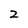
Character: 2